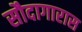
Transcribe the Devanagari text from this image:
सौदागारास